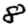
Digit: 8